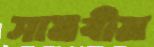
সামবীম